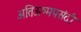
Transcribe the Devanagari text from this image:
अतिऊष्मपसंदी